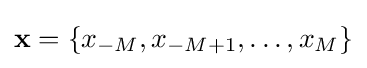
\mathbf {x} =\{x_{-M},x_{-M+1},\ldots ,x_{M}\}